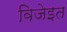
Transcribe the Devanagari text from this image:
विजेइत